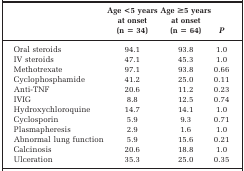
<table><thead><tr><td></td><td><b>Age &lt;5 years at onset (n = 34)</b></td><td><b>Age ≥5 years at onset (n = 64)</b></td><td><b><i>P</i></b></td></tr></thead><tbody><tr><td>Oral steroids</td><td>94.1</td><td>93.8</td><td>1.0</td></tr><tr><td>IV steroids</td><td>47.1</td><td>45.3</td><td>1.0</td></tr><tr><td>Methotrexate</td><td>97.1</td><td>93.8</td><td>0.66</td></tr><tr><td>Cyclophosphamide</td><td>41.2</td><td>25.0</td><td>0.11</td></tr><tr><td>Anti-TNF</td><td>20.6</td><td>11.2</td><td>0.23</td></tr><tr><td>IVIG</td><td>8.8</td><td>12.5</td><td>0.74</td></tr><tr><td>Hydroxychloroquine</td><td>14.7</td><td>14.1</td><td>1.0</td></tr><tr><td>Cyclosporin</td><td>5.9</td><td>9.3</td><td>0.71</td></tr><tr><td>Plasmapheresis</td><td>2.9</td><td>1.6</td><td>1.0</td></tr><tr><td>Abnormal lung function</td><td>5.9</td><td>15.6</td><td>0.21</td></tr><tr><td>Calcinosis</td><td>20.6</td><td>18.8</td><td>1.0</td></tr><tr><td>Ulceration</td><td>35.3</td><td>25.0</td><td>0.35</td></tr></tbody></table>